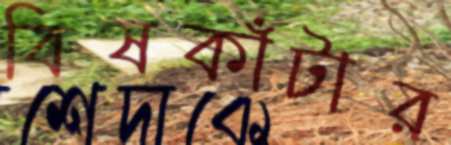
বিষকাঁটার